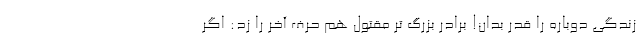
زندگی دوباره را قدر بدان! برادر بزرگ تر مقتول هم حرف آخر را زد: اگر